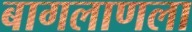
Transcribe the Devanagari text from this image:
बागलाणला